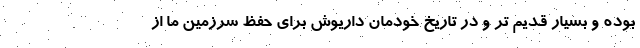
بوده و بسیار قدیم تر و در تاریخ خودمان داریوش برای حفظ سرزمین ما از